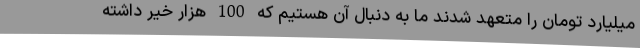
میلیارد تومان را متعهد شدند ما به دنبال آن هستیم که 100 هزار خیر داشته